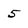
Character: 5